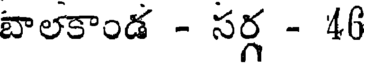
బాలకాండ - సర్గ - 46